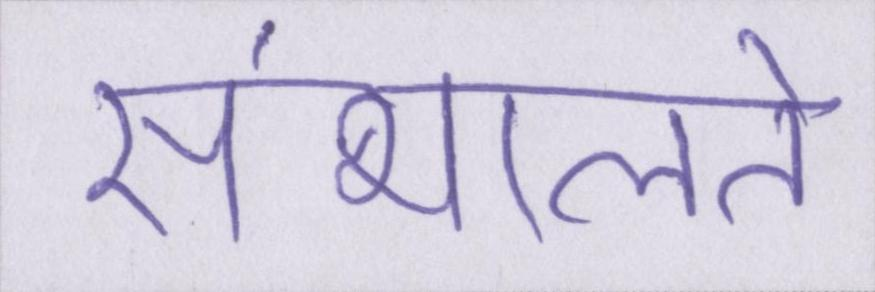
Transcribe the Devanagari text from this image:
संभालते